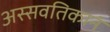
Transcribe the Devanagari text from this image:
अस्सवतिकानं